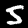
Label: 5